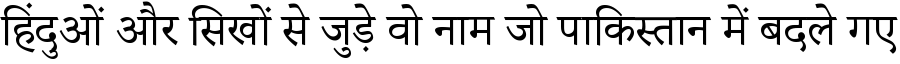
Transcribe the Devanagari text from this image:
हिंदुओं और सिखों से जुड़े वो नाम जो पाकिस्तान में बदले गए